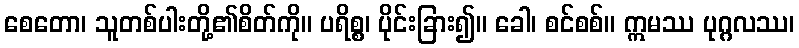
စေတော၊ သူတစ်ပါးတို့၏စိတ်ကို။ ပရိစ္စ၊ ပိုင်းခြား၍။ ခေါ၊ စင်စစ်။ ဣမဿ ပုဂ္ဂလဿ၊